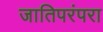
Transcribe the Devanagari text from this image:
जातिपरंपरा